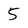
Character: 5